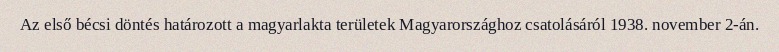
Az első bécsi döntés határozott a magyarlakta területek Magyarországhoz csatolásáról 1938. november 2-án.